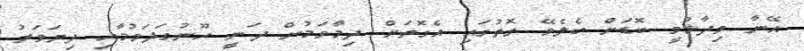
އޭނާ ވިދާޅުވީ ބޮޑަށް ބެލެވޭ ގޮތުގައި އެގޮތަށް ދިމާވަމުން ދަނީ ހޫނުގަދަވުމާއި ދިޔަވަރު